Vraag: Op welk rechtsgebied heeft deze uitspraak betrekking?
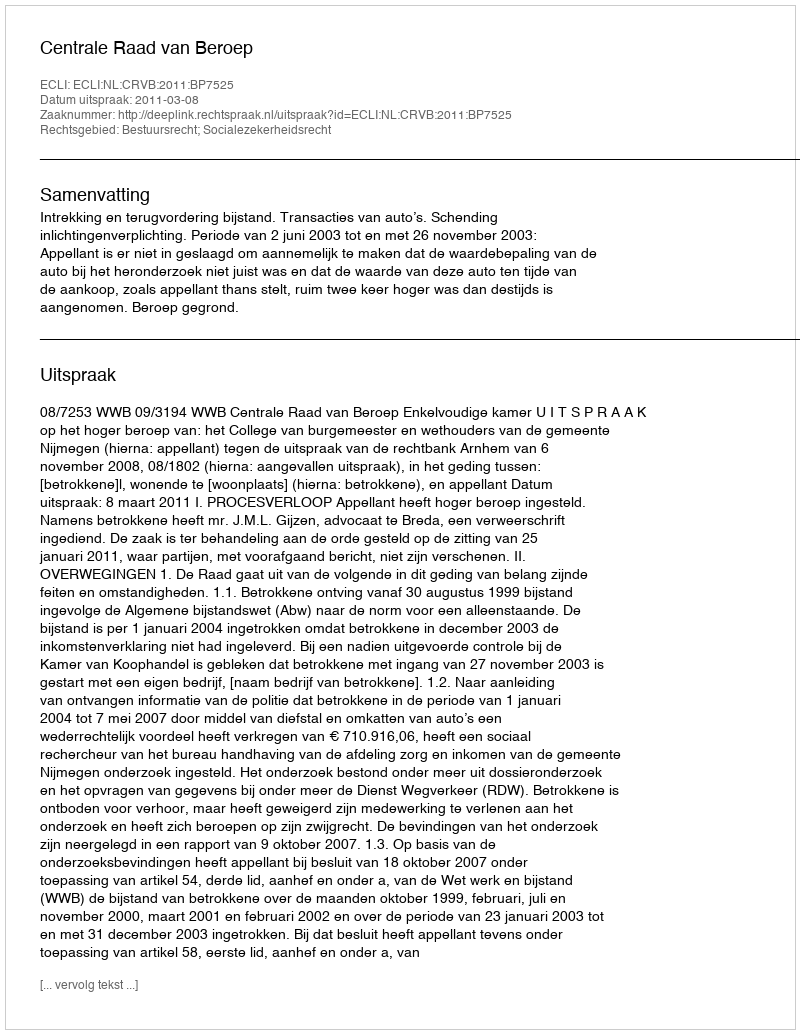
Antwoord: Bestuursrecht; Socialezekerheidsrecht